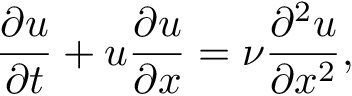
\frac { \partial u } { \partial t } + u \frac { \partial u } { \partial x } = \nu \frac { \partial ^ { 2 } u } { \partial x ^ { 2 } } ,